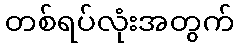
တစ်ရပ်လုံးအတွက်